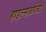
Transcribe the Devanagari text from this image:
हाइल्सबर्गची